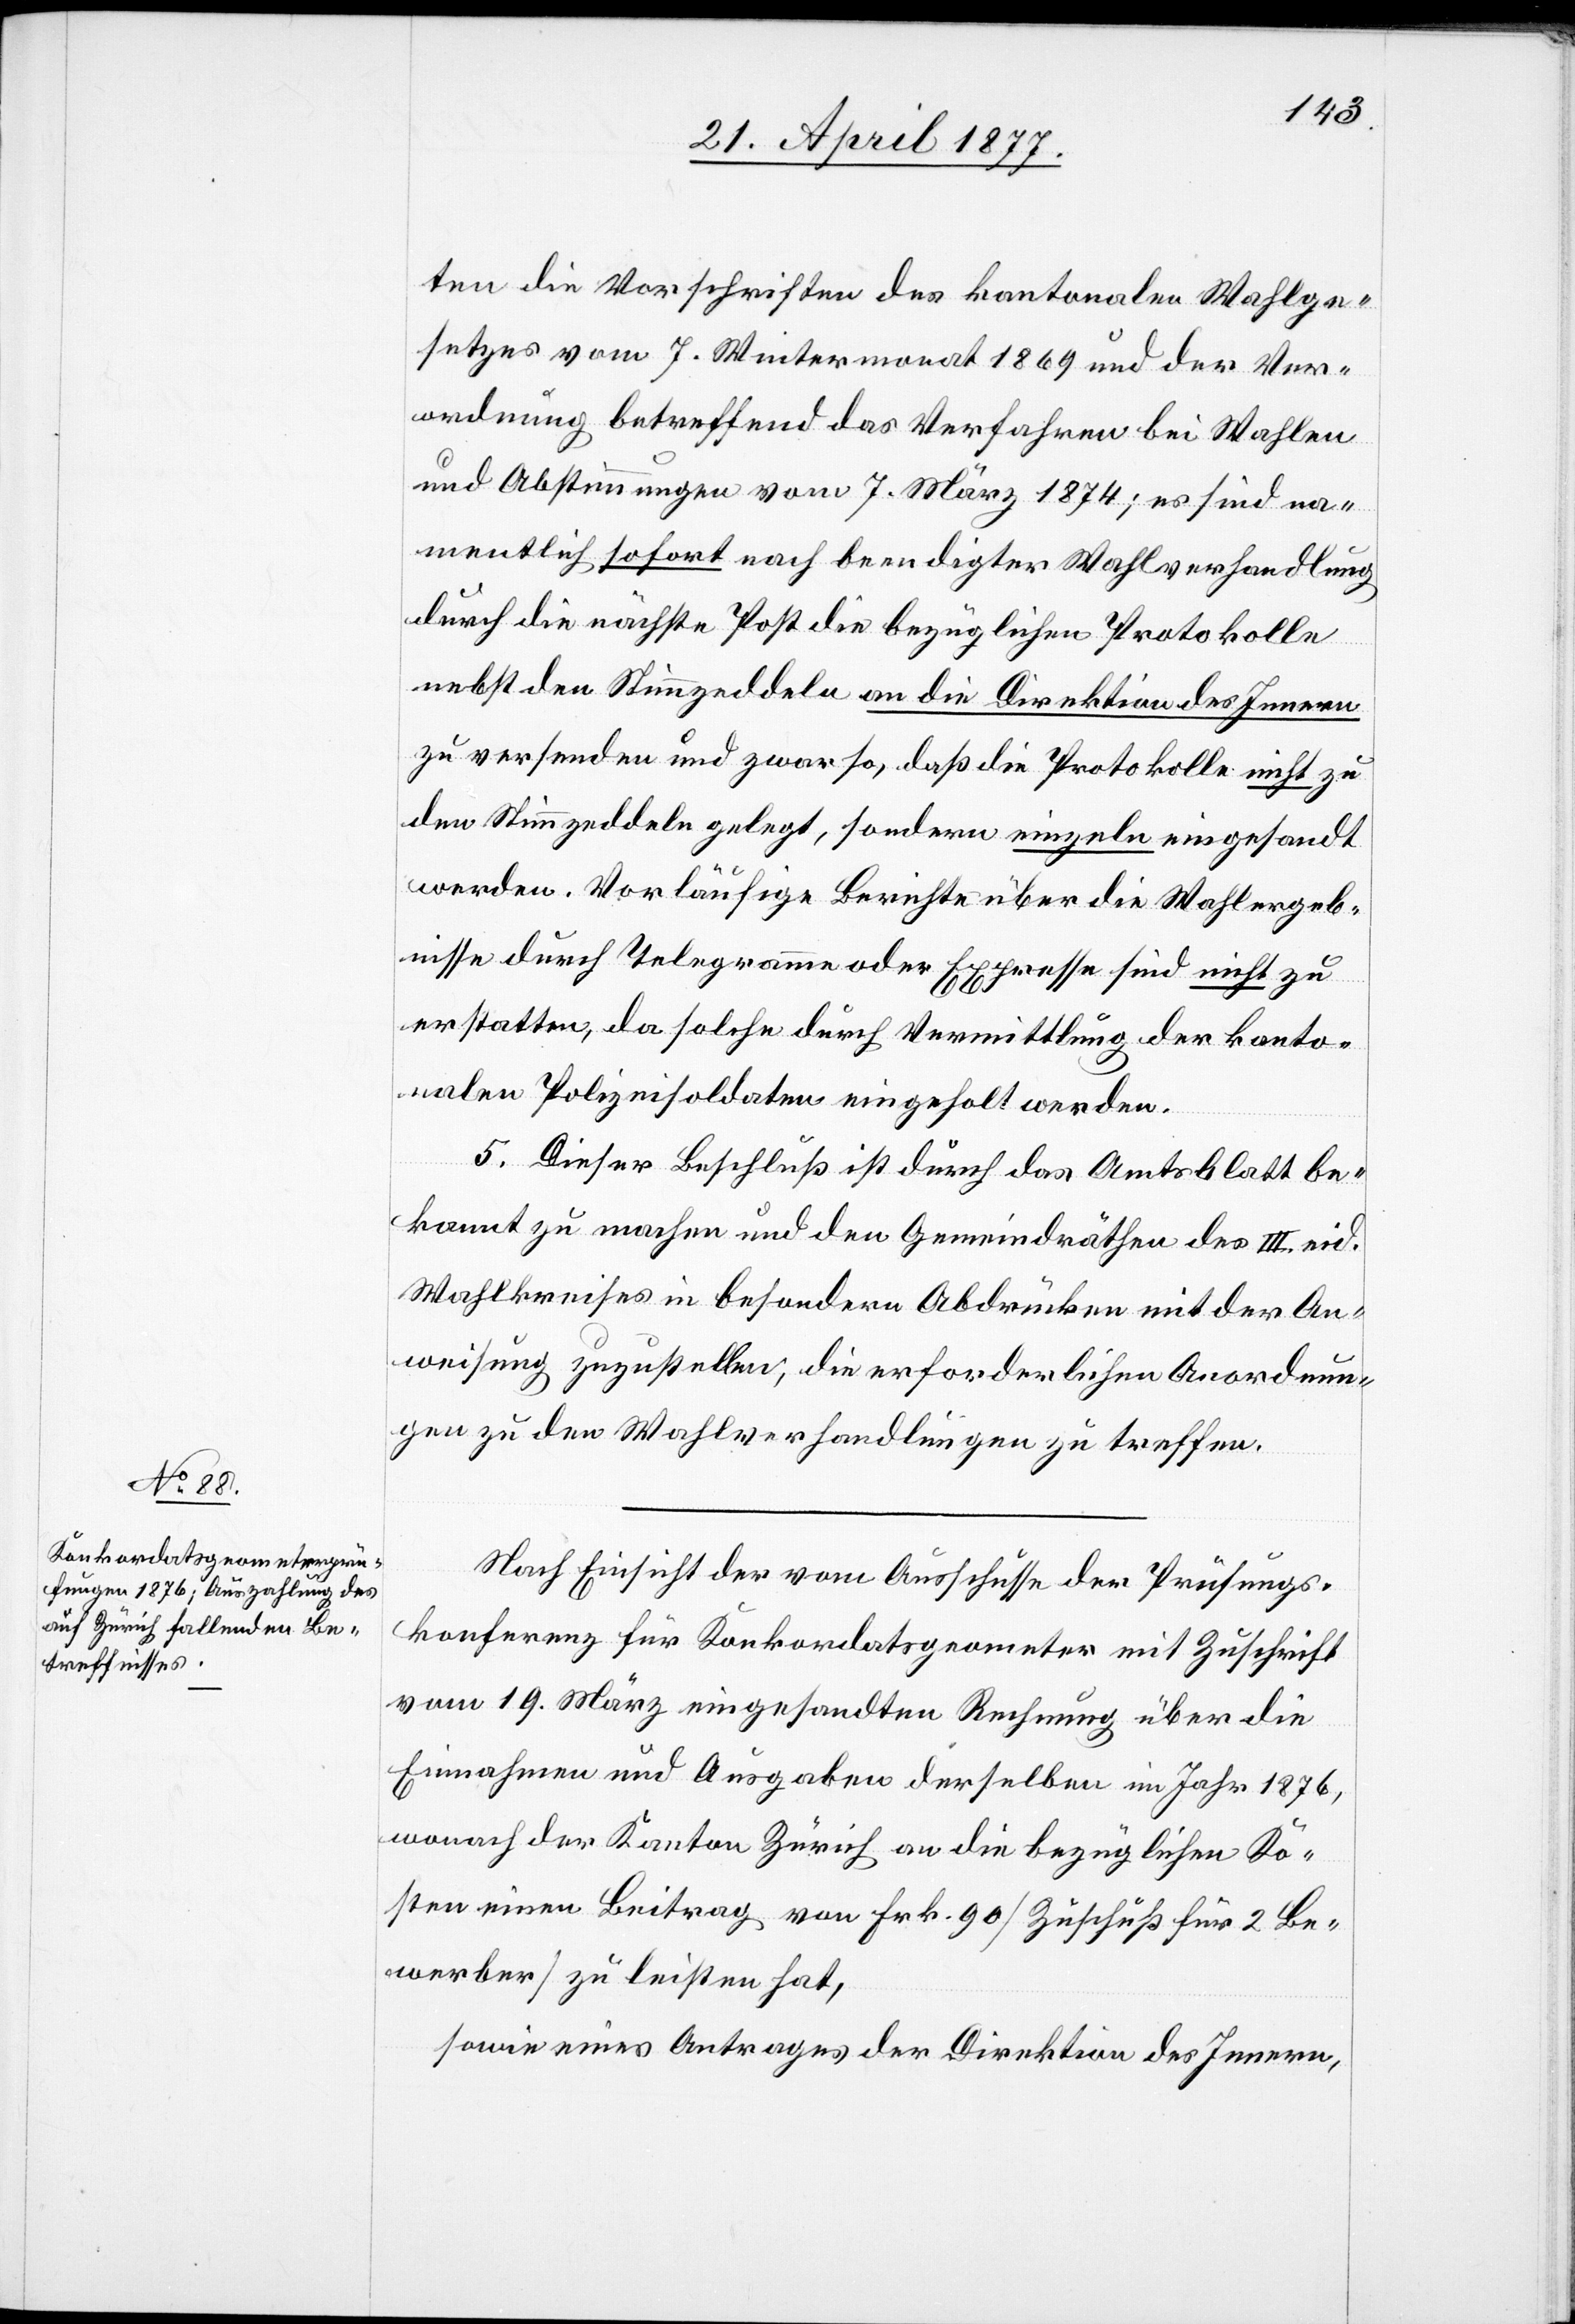
ten die Vorschriften des kantonalen Wahlge¬
setzes vom 7. Wintermonat 1869 und der Ver¬
ordnung betreffend das Verfahren bei Wahlen
und Abstimmungen vom 7. März 1874; es sind na¬
mentlich sofort nach beendigter Wahlverhandlung
durch die nächste Post die bezüglichen Protokolle
nebst den Stimmzeddeln an die Direktion des Innern
zu versenden und zwar so, daß die Protokolle nicht zu
den Stimmzeddeln gelegt, sondern einzeln eingesandt
werden. Vorläufige Berichte über die Wahlergeb¬
nisse durch Telegramme oder Expresse sind nicht zu
erstatten, da solche durch Vermittlung der kanto¬
nalen Polizeisoldaten eingeholt werden.
5. Dieser Beschluß ist durch das Amtsblatt be¬
kannt zu machen und den Gemeindräthen des III. eid.
Wahlkreises in besondern Abdrücken mit der An¬
weisung zuzustellen, die erforderlichen Anordnun¬
gen zu den Wahlverhandlungen zu treffen.
Nach Einsicht der vom Ausschusse der Prüfungs¬
konferenz für Konkordatsgeometer mit Zuschrift
vom 19. März eingesandten Rechnung über die
Einnahmen und Ausgaben derselben im Jahr 1876,
wonach der Kanton Zürich an die bezüglichen Ko¬
sten einen Beitrag von Frk. 90 [Zuschuß für 2 Be¬
werber] zu leisten hat,
sowie eines Antrages der Direktion des Innern,